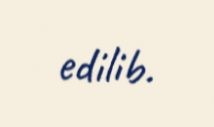
edilib.